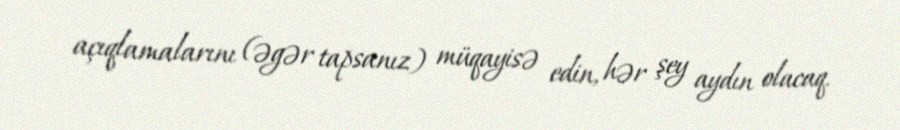
açıqlamalarını (əgər tapsanız) müqayisə edin, hər şey aydın olacaq.